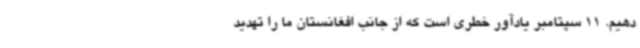
دهیم. 11 سپتامبر یادآور خطری است که از جانب افغانستان ما را تهدید